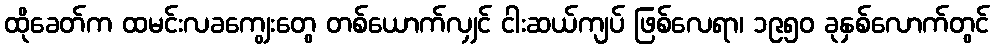
ထိုခေတ်က ထမင်းလခကျွေးတွေ တစ်ယောက်လျှင် ငါးဆယ်ကျပ် ဖြစ်လေရာ၊ ၁၉၅၀ ခုနှစ်လောက်တွင်